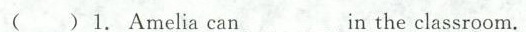
( )1.Amelia can_________in the classroom.